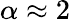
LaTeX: \alpha\approx 2